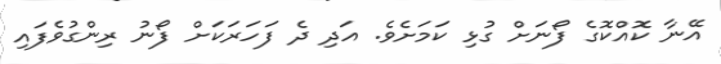
އޭނާ ކޮއްކޮގެ ފޯނަށް ގުޅި ކަމަށެވެ. އަދި ދެ ފަހަރަކަށް ފޯނު ރިންގުވެފައި